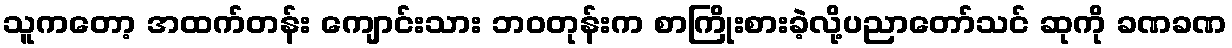
သူကတော့ အထက်တန်း ကျောင်းသား ဘဝတုန်းက စာကြိုးစားခဲ့လို့ပညာတော်သင် ဆုကို ခဏခဏ